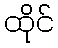
ထိုင်